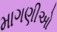
માગણીઓ